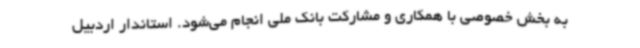
به بخش خصوصی با همکاری و مشارکت بانک ملی انجام می‌شود. استاندار اردبیل